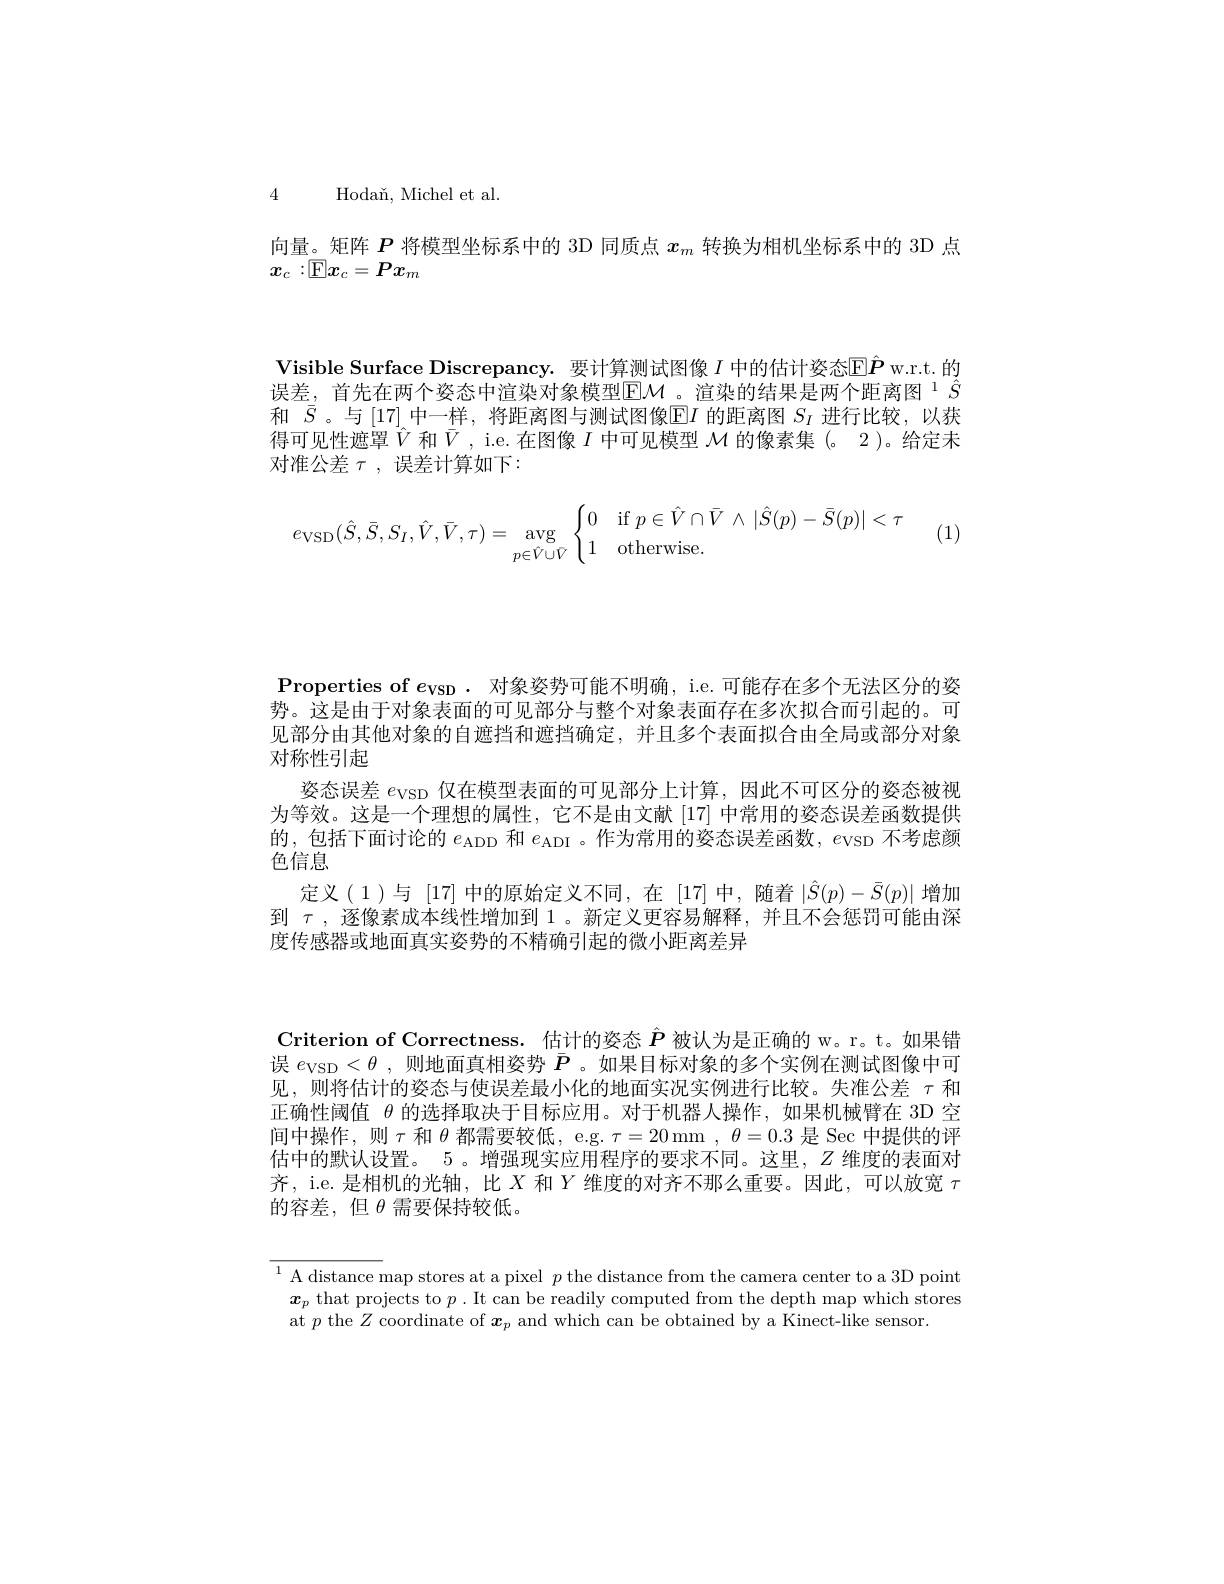
4 Hoda$\v {n}$, Micheletal.
向量。矩阵$P$将模型坐标系中的 3D 同质点$x_m$转换为相机坐标系中的 3D 点
$x_c:\mathbb{E}\boldsymbol{x}_c=\boldsymbol{P}\boldsymbol{x}_m$

Visible Surface Discrepancy. 要计算测试图像 $I$ 中的估计姿态$\mathbb{E}\hat{\boldsymbol{P}}$ w.r.t.的误差，首先在两个姿态中渲染对象模型$\mathbb{E}\mathcal{M}$。渲染的结果是两个距离图 1$\hat{S}$ 和$\bar{S}$。与 [17] 中一样，将距离图与测试图像$\underline{\mathrm{E}}I$的距离图$S_I$进行比较，以获得可见性遮罩$\hat{V}$和$\bar{V}$, i.e.在图像$I$中可见模型$\mathcal{M}$的像素集(。2)。给定未对准公差 $\tau$, 误差计算如下：
$$e_{\text{VSD}}(\hat{S},\bar{S},S_I,\hat{V},\bar{V},\tau)=\underset{p\in\hat{V}\cup\bar{V}}{\arg}\begin{cases}0&\text{if}p\in\hat{V}\cap\bar{V}\:\wedge\:|\hat{S}(p)-\bar{S}(p)|<\tau\\1&\text{otherwise}.\end{cases}$$
(1)

Properties of $e_\mathrm{VSD}$ .对象姿势可能不明确 , i.e. 可能存在多个无法区分的姿势。这是由于对象表面的可见部分与整个对象表面存在多次拟合而引起的。可见部分由其他对象的自遮挡和遮挡确定，并且多个表面拟合由全局或部分对象对称性引起
姿态误差$e_\mathrm{VSD}$仅在模型表面的可见部分上计算，因此不可区分的姿态被视为等效。这是一个理想的属性，它不是由文献[17] 中常用的姿态误差函数提供的，包括下面讨论的$e_\mathrm{ADD}$和$e_\mathrm{ADI}$ 。作为常用的姿态误差函数，$e_\mathrm{VSD}$不考虑颜色信息
定义(1)与[17]中的原始定义不同，在[17]中，随着$\left|\hat{S}(p)-\bar{S}(p)\right|$增加到$\tau$,逐像素成本线性增加到 1。新定义更容易解释，并且不会惩罚可能由深度传感器或地面真实姿势的不精确引起的微小距离差异

Criterion of Correctness. 估计的姿态$\hat{P}$被认为是正确的 w。r。t。如果错误$e_\mathrm{VSD}<\theta$,则地面真相姿势$\bar{P}$ 。如果目标对象的多个实例在测试图像中可见，则将估计的姿态与使误差最小化的地面实况实例进行比较。失准公差$\tau$和正确性阈值$\theta$的选择取决于目标应用。对于机器人操作，如果机械臂在 3D 空间中操作，则$\tau$和$\theta$都需要较低，e.g. $\tau=20$ mm $,\theta=0.3$是 Sec 中提供的评估中的默认设置。5 。增强现实应用程序的要求不同。这里，$Z$维度的表面对齐，i.e. 是相机的光轴，比$X$和$Y$维度的对齐不那么重要。因此，可以放宽$\tau$ 的容差，但$\theta$需要保持较低。

$^{1}$ A distance map stores at a pixel $p$ the distance from the camera center to a 3D point $\boldsymbol{x}_p$ that projects to $p$ .It can be readily computed from the depth map which stores at $p$ the $Z$ coordinate of $\boldsymbol x_p$ and which can be obtained by a Kinect-like sensor